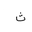
Letter: _tha